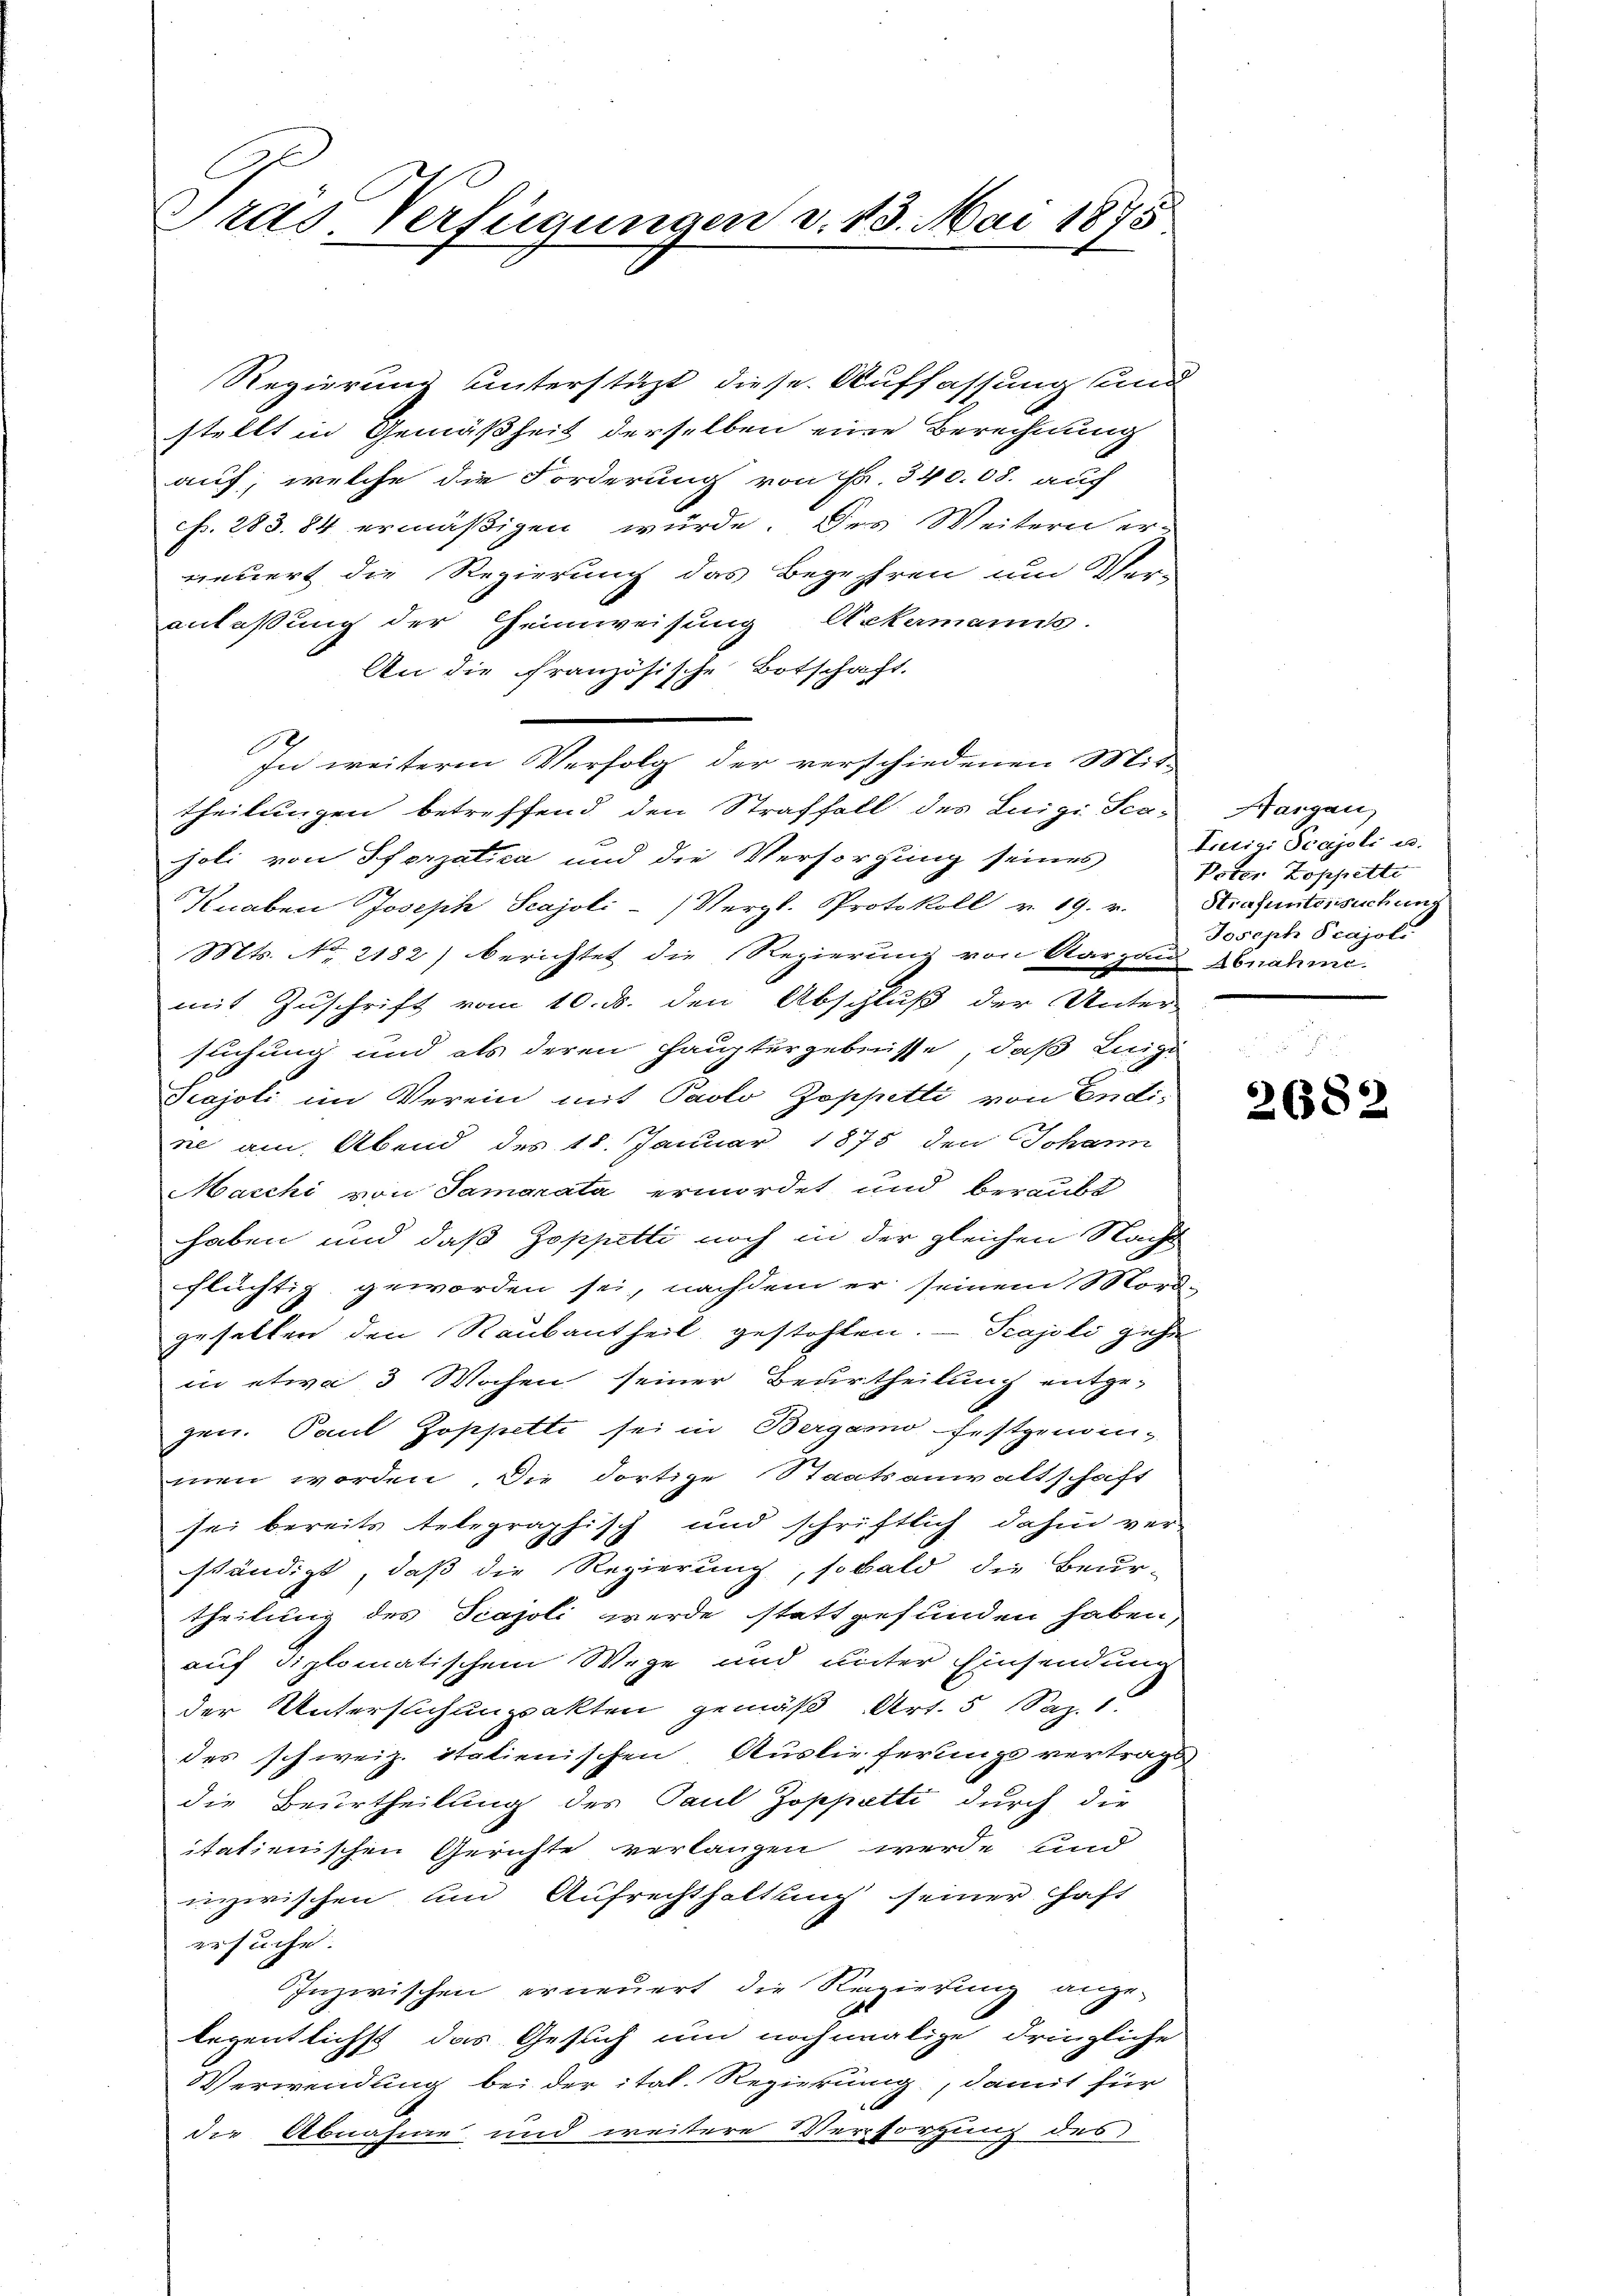
Tras. Verfügungen v. 13. Mai 1875

Regierung unterstüzt, diese Auffassung und
stellt in Gemäßheit derselben eine Berechnung
auf, welche die Forderung von Fr. 340.08. auch
cf. 283. 84 ermäßigen würde. Des Weitern er-
neuert die Regierung das Begehren um Ver-
anlaßung der Heimweisung Ackermanns.
An die Französische Botschaft.
In weitere Verfolg der verschiedenen Mit-
theilungen betreffend den Straffall des Luigi Scajoli von Pforzatica und die Versorgung seines Trini Scajoli u.
Knaben Joseph Scajoli-/ Vergl. Protokoll v. 19. v. Strafuntersuchung
Mts. No. 2182) berichtet die Regierung von Aargaus Abnahme.
mit Zuschrift vom 10. ds. den Abschluß der Unter-
flichung und als deren Hauptergebnisse, daß Luigi
Pajoli im Verein mit Paolo Zoppetti von Endine am Abend des 18. Januar 1875 den Johann
Macchi von Samarata ermordet und beraubt
haben und daß Zoppetti noch in der gleichen Nacht
flüchtig geworden sei, nachdem er seinem Mord-
gefallen den Raubantheil gestohlen. — Scajoli gehe
in etwa 3 Wochen seiner Beurtheilung entge-
gen. Paul Zoppetti sei in Bergamo festgenommen worden. Die dortige Staatsanwaltschaft
sei bereits telegraphisch und schriftlich dahin ver-
ständigt, daß die Regierung, sobald die Beur-
theilung des Piajoli werde stattgefunden haben,
auf diplomatischem Wege und unter Einsendung
der Untersuchungsakten gemäß Art. 5 (Sap. 1.
der schweiz. italienischen Auslieferungsvertrags-
die Beurtheilung des Paul Zoppetti durch die
itatienischen Gerichte verlangen werde und
inzwischen und Aufrechthaltung seiner Chaft
ersuche.
Inzwischen erneuert die Regierung ange-
legentlichst das Gesuch um nochmalige dringliche
Verwendung bei der ital. Regierung, damit für
2 x
die Abnahme und weitere Versorgung des

Hangau,
Potor Zoppette
Joseph Pcajol.

2682